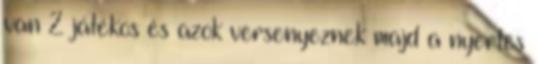
van 2 játékos és azok versenyeznek majd a nyertes